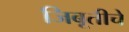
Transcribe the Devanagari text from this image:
जिबूतीचे